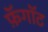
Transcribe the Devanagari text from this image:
फ़ॅगॉट